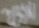
Text: 25V